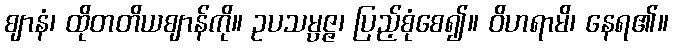
ဈာနံ၊ ထိုတတိယဈာန်ကို။ ဥပသမ္ပဇ္ဇ၊ ပြည့်စုံစေ၍။ ဝိဟရာမိ၊ နေရ၏။